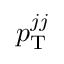
p _ { \mathrm { T } } ^ { j j }